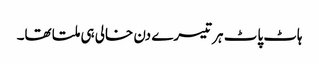
ہاٹ پاٹ ہر تیسرے دن خالی ہی ملتا تھا۔